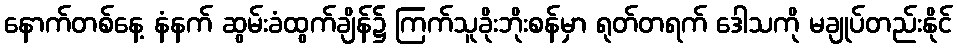
နောက်တစ်နေ့ နံနက် ဆွမ်းခံထွက်ချိန်၌ ကြက်သူခိုးဘိုးစန်မှာ ရုတ်တရက် ဒေါသကို မချုပ်တည်းနိုင်